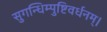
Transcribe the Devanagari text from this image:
सुगन्धिम्पुष्टिवर्धनम्‌।